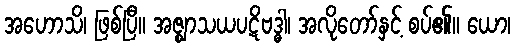
အဟောသိ၊ ဖြစ်ပြီ။ အဇ္ဈာသယပဋိဗဒ္ဓါ၊ အလိုတော်နှင့် စပ်၏။ ယော၊